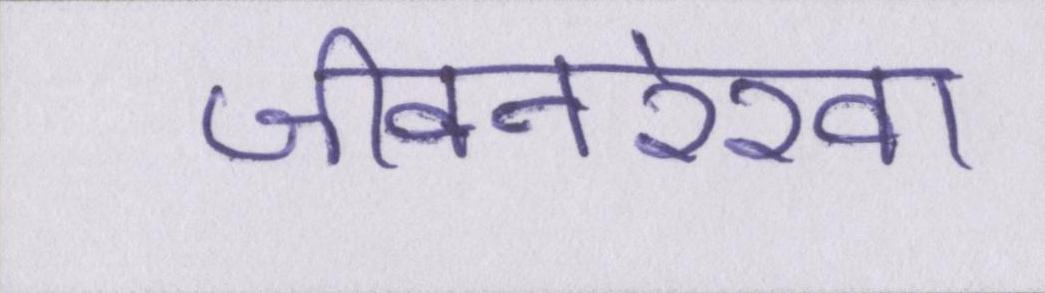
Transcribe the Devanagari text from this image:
जीवनरेखा